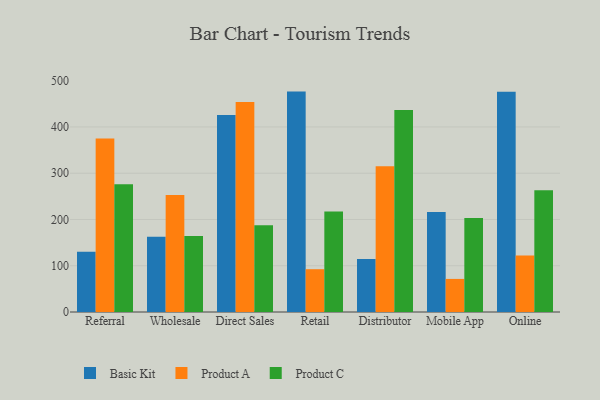
{"axis": {"x": "Channel", "y": "Gross Profit (USD K)"}, "legend": ["Basic Kit", "Product A", "Product C"], "data": [{"x": "Referral", "y": 130.2, "type": "Basic Kit"}, {"x": "Referral", "y": 375.2, "type": "Product A"}, {"x": "Referral", "y": 276.3, "type": "Product C"}, {"x": "Wholesale", "y": 162.4, "type": "Basic Kit"}, {"x": "Wholesale", "y": 252.8, "type": "Product A"}, {"x": "Wholesale", "y": 164.3, "type": "Product C"}, {"x": "Direct Sales", "y": 425.7, "type": "Basic Kit"}, {"x": "Direct Sales", "y": 454.0, "type": "Product A"}, {"x": "Direct Sales", "y": 187.4, "type": "Product C"}, {"x": "Retail", "y": 476.4, "type": "Basic Kit"}, {"x": "Retail", "y": 92.5, "type": "Product A"}, {"x": "Retail", "y": 217.3, "type": "Product C"}, {"x": "Distributor", "y": 114.3, "type": "Basic Kit"}, {"x": "Distributor", "y": 315.1, "type": "Product A"}, {"x": "Distributor", "y": 436.7, "type": "Product C"}, {"x": "Mobile App", "y": 216.3, "type": "Basic Kit"}, {"x": "Mobile App", "y": 71.5, "type": "Product A"}, {"x": "Mobile App", "y": 203.1, "type": "Product C"}, {"x": "Online", "y": 476.3, "type": "Basic Kit"}, {"x": "Online", "y": 122.0, "type": "Product A"}, {"x": "Online", "y": 263.1, "type": "Product C"}]}